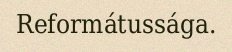
Reformátussága.